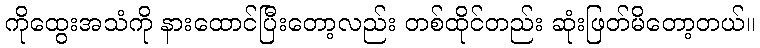
ကိုထွေးအသံကို နားထောင်ပြီးတော့လည်း တစ်ထိုင်တည်း ဆုံးဖြတ်မိတော့တယ်။